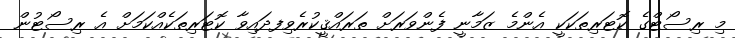
މި ރިސޯޓްގެ ކޮޓަރިތަކަކީ އެންމެ ޒަމާނީ ފެންވަރަށް ތަރައްޤީކުރެވިފދައިވާ ކޮޓަރިތަކެއްކަމަށް އެ ރިސޯޓުން